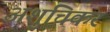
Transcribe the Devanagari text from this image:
अशुचिकर